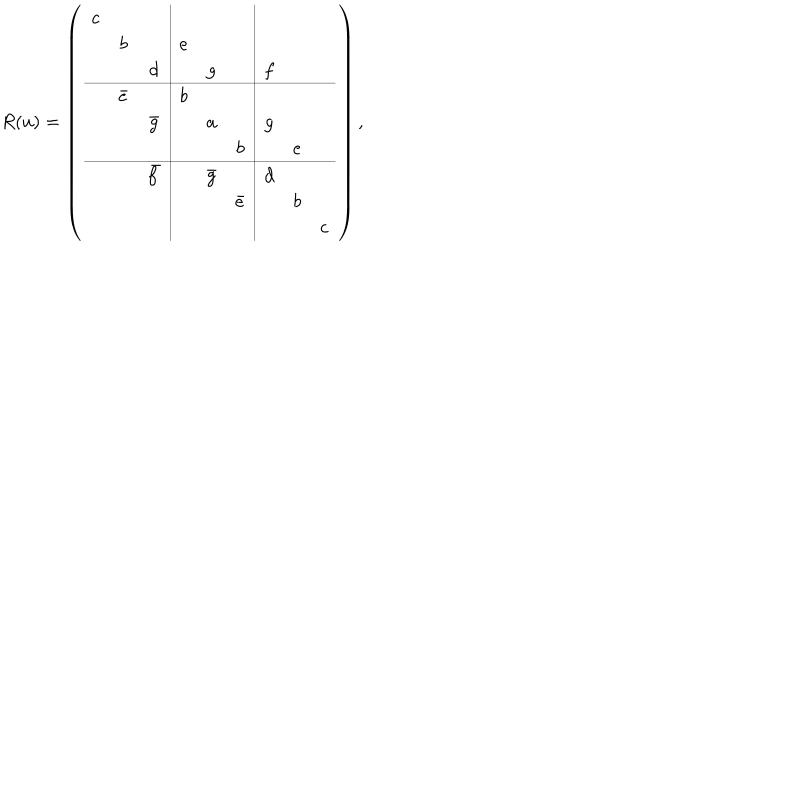
LaTeX: R ( u ) = \left( \begin{array} { c c c | c c c | c c c } { { c } } & { { } } & { { } } & { { } } & { { } } & { { } } & { { } } & { { } } & { { } } \\ { { } } & { { b } } & { { } } & { { e } } & { { } } & { { } } & { { } } & { { } } & { { } } \\ { { } } & { { } } & { { d } } & { { } } & { { g } } & { { } } & { { f } } & { { } } & { { } } \\ \hline { { } } & { { \bar { e } } } & { { } } & { { b } } & { { } } & { { } } & { { } } & { { } } & { { } } \\ { { } } & { { } } & { { \bar { g } } } & { { } } & { { a } } & { { } } & { { g } } & { { } } & { { } } \\ { { } } & { { } } & { { } } & { { } } & { { } } & { { b } } & { { } } & { { e } } & { { } } \\ \hline { { } } & { { } } & { { \bar { f } } } & { { } } & { { \bar { g } } } & { { } } & { { d } } & { { } } & { { } } \\ { { } } & { { } } & { { } } & { { } } & { { } } & { { \bar { e } } } & { { } } & { { b } } & { { } } \\ { { } } & { { } } & { { } } & { { } } & { { } } & { { } } & { { } } & { { } } & { { c } } \\ \end{array} \right) ,